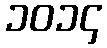
၁၀၁၄